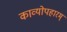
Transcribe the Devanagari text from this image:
काव्योपहारम्